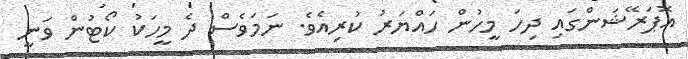
އޮޕަރޭޝަންގައި ދިހަ މީހުން ހައްޔަރު ކުރިއެވެ. ނަމަވެސް ދެ މީހަކު ކޯޓުން ވަނީ